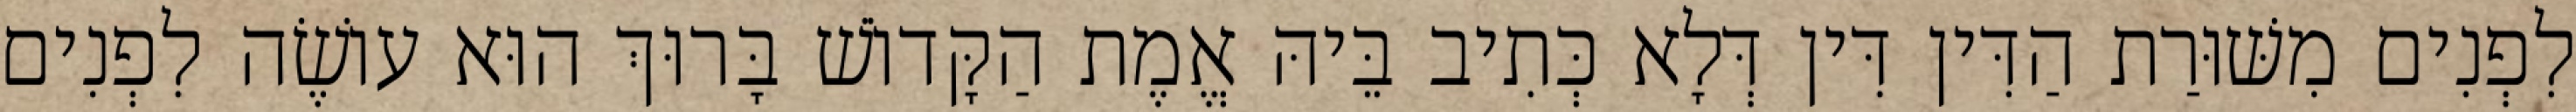
לִפְנִים מִשּׁוּרַת הַדִּין דִּין דְּלָא כְּתִיב בֵּיהּ אֱמֶת הַקָּדוֹשׁ בָּרוּךְ הוּא עוֹשֶׂה לִפְנִים